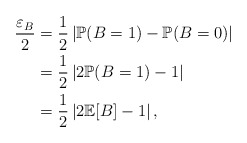
\begin{align*}\frac{\varepsilon_B}{2}& = \frac{1}{2} \left| \mathbb{P}(B=1) - \mathbb{P}(B=0) \right|\\& = \frac{1}{2} \left| 2 \mathbb{P}(B=1) - 1 \right|\\& = \frac{1}{2} \left| 2 \mathbb{E}[B] - 1 \right|,\end{align*}